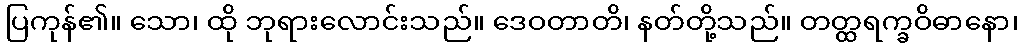
ပြကုန်၏။ သော၊ ထို ဘုရားလောင်းသည်။ ဒေဝတာတိ၊ နတ်တို့သည်။ တတ္ထရက္ခဝိဓာနော၊